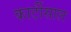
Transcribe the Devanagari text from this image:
कार्टीसाल